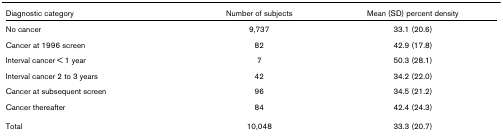
<table><thead><tr><td><b>Diagnostic category</b></td><td><b>Number of subjects</b></td><td><b>Mean (SD) percent density</b></td></tr></thead><tbody><tr><td>No cancer</td><td>9,737</td><td>33.1 (20.6)</td></tr><tr><td>Cancer at 1996 screen</td><td>82</td><td>42.9 (17.8)</td></tr><tr><td>Interval cancer &lt; 1 year</td><td>7</td><td>50.3 (28.1)</td></tr><tr><td>Interval cancer 2 to 3 years</td><td>42</td><td>34.2 (22.0)</td></tr><tr><td>Cancer at subsequent screen</td><td>96</td><td>34.5 (21.2)</td></tr><tr><td>Cancer thereafter</td><td>84</td><td>42.4 (24.3)</td></tr><tr><td>Total</td><td>10,048</td><td>33.3 (20.7)</td></tr></tbody></table>